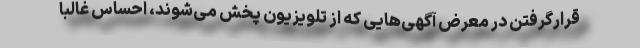
قرارگرفتن در معرض آگهی‌هایی که از تلویزیون پخش می‌شوند، احساس غالبا